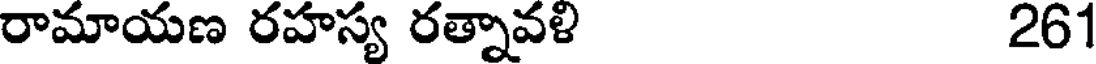
రామాయణ రహస్య రత్నావళి 261